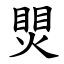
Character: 煛